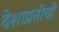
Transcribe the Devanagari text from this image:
देशाप्रतीची